Problem: 17 + 43 = ?
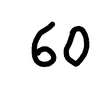
Handwritten answer: 60